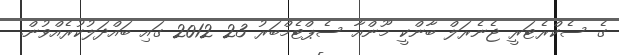
ގެ ސެކްރެޓަރީ ޖެނެރަލް ބާންކީ މޫންއާ ސެޕްޓެމްބަރު 23 2012 ގައި ބައްދަލުކުރެއްވުން.